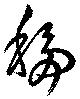
移